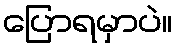
ပြောရမှာပဲ။